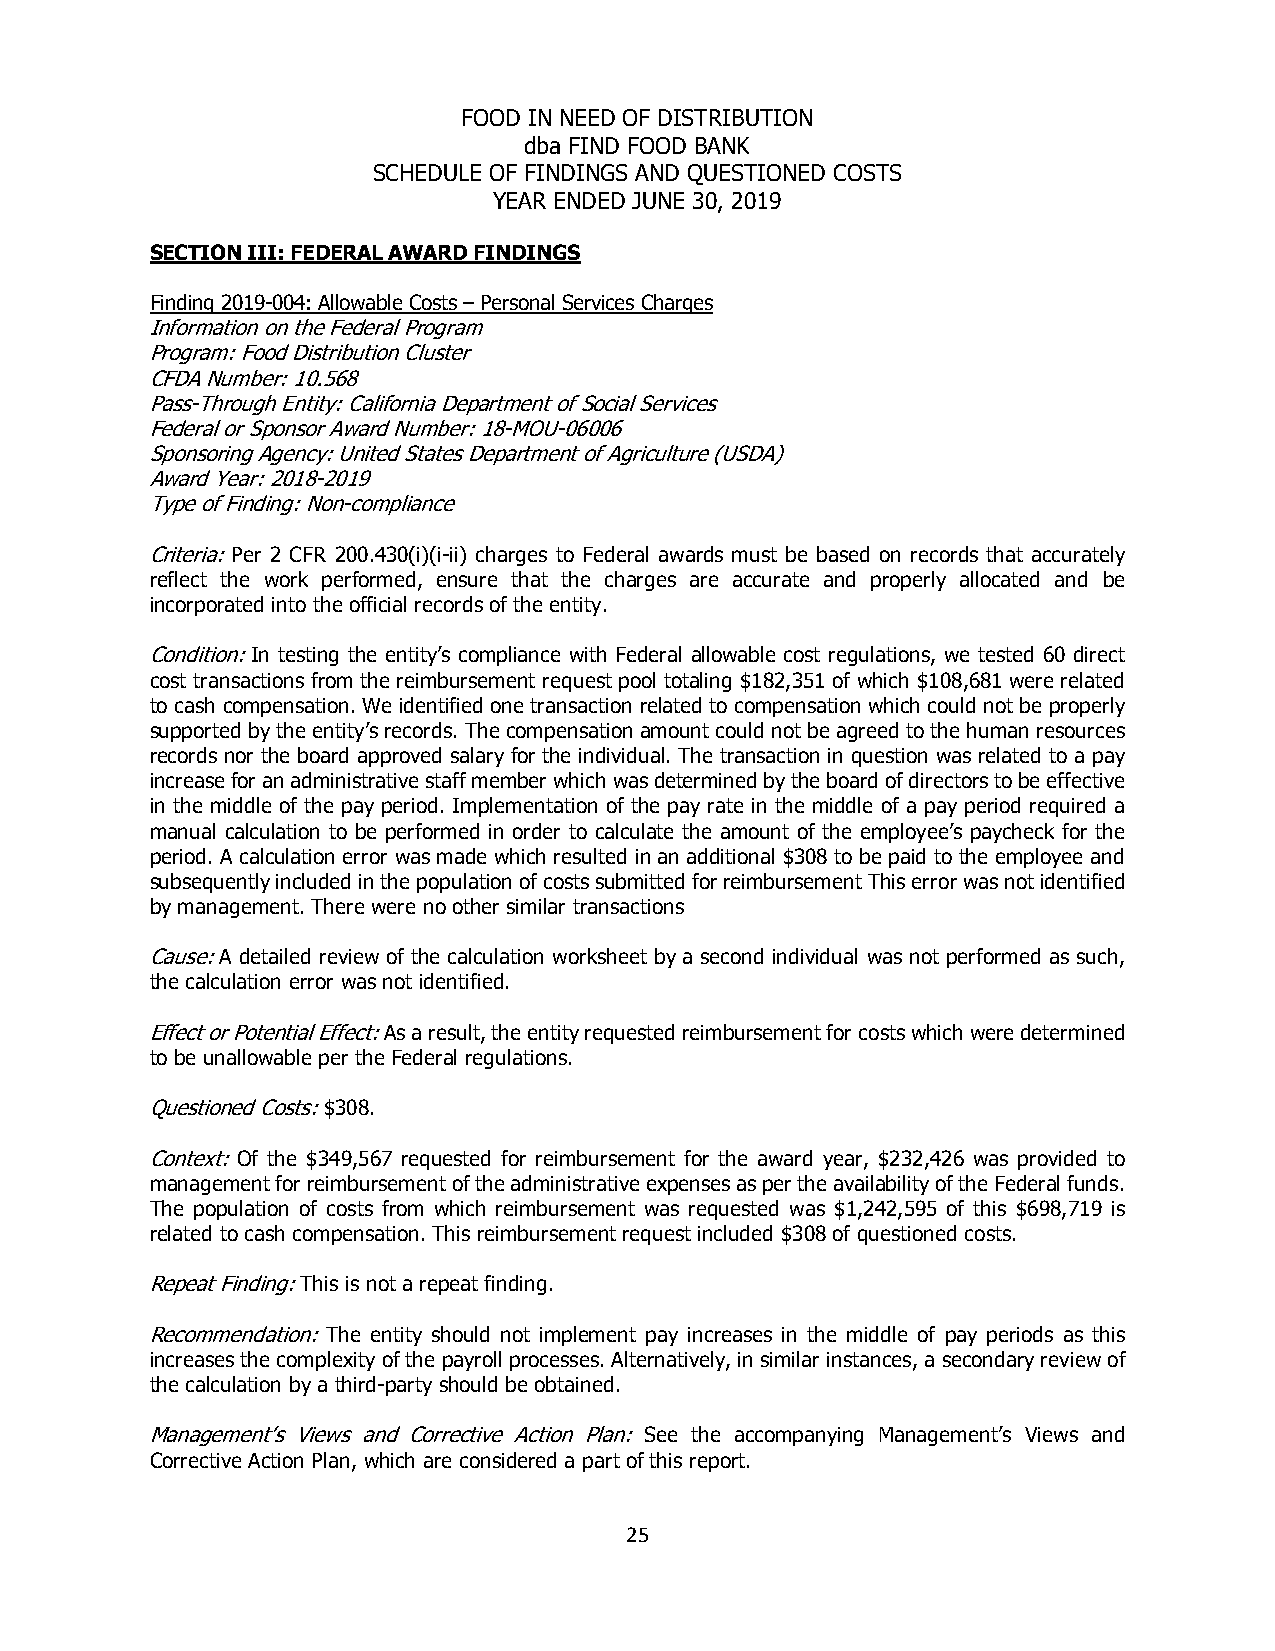
FOOD IN NEED OF DISTRIBUTION
 dba FIND FOOD BANK
 SCHEDULE OF FINDINGS AND QUESTIONED COSTS
 YEAR ENDED JUNE 30, 2019
 SECTION III: FEDERAL AWARD FINDINGS
 Finding 2019-004: Allowable Costs – Personal Services Charges
 Information on the Federal Program
 Program: Food Distribution Cluster
 CFDA Number: 10.568
 Pass-Through Entity: California Department of Social Services
 Federal or Sponsor Award Number: 18-MOU-06006
 Sponsoring Agency: United States Department of Agriculture (USDA)
 Award Year: 2018-2019
 Type of Finding: Non-compliance
 Criteria: Per 2 CFR 200.430(i)(i-ii) charges to Federal awards must be based on records that accurately
 reflect the work performed, ensure that the charges are accurate and properly allocated and be
 incorporated into the official records of the entity.
 Condition: In testing the entity’s compliance with Federal allowable cost regulations, we tested 60 direct
 cost transactions from the reimbursement request pool totaling $182,351 of which $108,681 were related
 to cash compensation. We identified one transaction related to compensation which could not be properly
 supported by the entity’s records. The compensation amount could not be agreed to the human resources
 records nor the board approved salary for the individual. The transaction in question was related to a pay
 increase for an administrative staff member which was determined by the board of directors to be effective
 in the middle of the pay period. Implementation of the pay rate in the middle of a pay period required a
 manual calculation to be performed in order to calculate the amount of the employee’s paycheck for the
 period. A calculation error was made which resulted in an additional $308 to be paid to the employee and
 subsequently included in the population of costs submitted for reimbursement This error was not identified
 by management. There were no other similar transactions
 Cause: A detailed review of the calculation worksheet by a second individual was not performed as such,
 the calculation error was not identified.
 Effect or Potential Effect: As a result, the entity requested reimbursement for costs which were determined
 to be unallowable per the Federal regulations.
 Questioned Costs: $308.
 Context: Of the $349,567 requested for reimbursement for the award year, $232,426 was provided to
 management for reimbursement of the administrative expenses as per the availability of the Federal funds.
 The population of costs from which reimbursement was requested was $1,242,595 of this $698,719 is
 related to cash compensation. This reimbursement request included $308 of questioned costs.
 Repeat Finding: This is not a repeat finding.
 Recommendation: The entity should not implement pay increases in the middle of pay periods as this
 increases the complexity of the payroll processes. Alternatively, in similar instances, a secondary review of
 the calculation by a third-party should be obtained.
 Management’s Views and Corrective Action Plan: See the accompanying Management’s Views and
 Corrective Action Plan, which are considered a part of this report.
 25